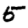
Digit: 5